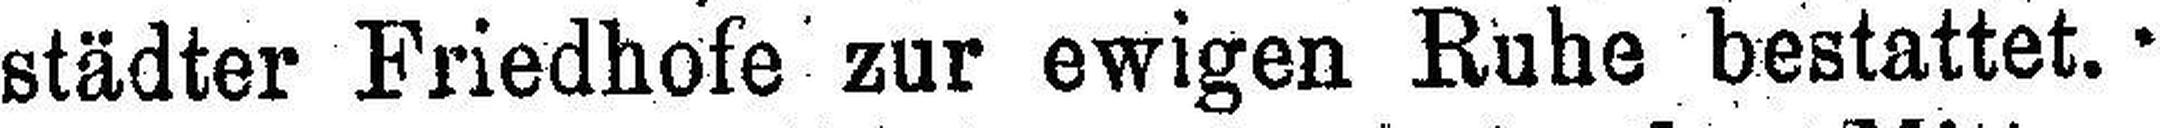
städter Friedhofe zur ewigen Ruhe bestattet.